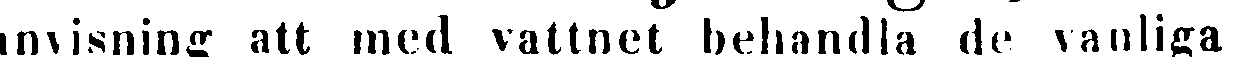
anvisning att med vattnet behandla de vanliga